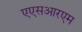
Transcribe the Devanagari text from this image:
एएसआरएम